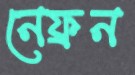
নেফ্রন